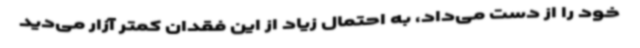
خود را از دست می‌داد، به احتمال زیاد از این فقدان کمتر آزار می‌دید